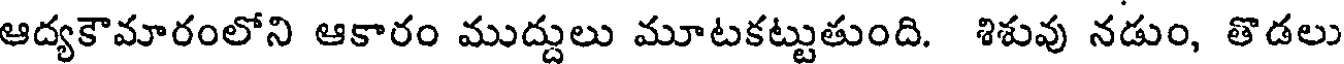
ఆద్యకౌమారంలోని ఆకారం ముద్దులు మూటకట్టుతుంది. శిశువు నడుం, తొడలు